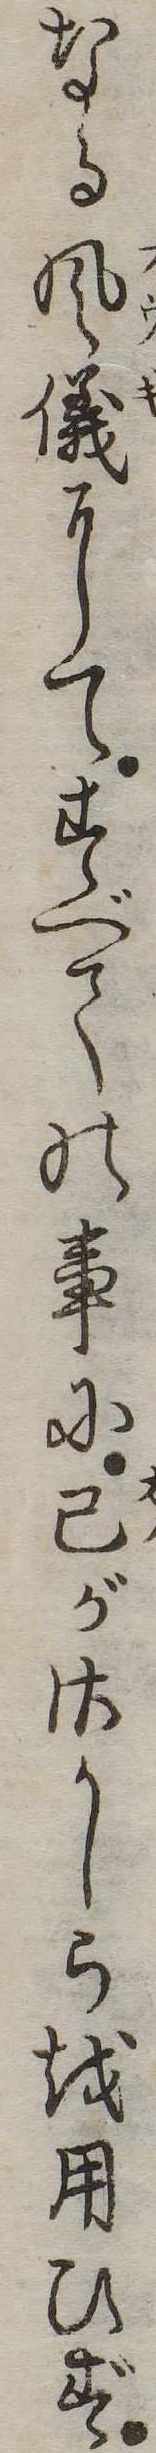
なる風儀にてすべての事に己がさかしらを用ひず